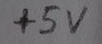
Text: +5V